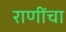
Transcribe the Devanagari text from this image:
राणींचा